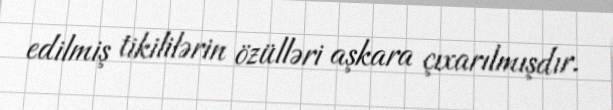
edilmiş tikililərin özülləri aşkara çıxarılmışdır.